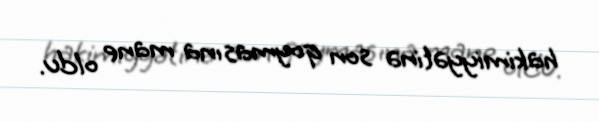
hakimiyyətinə son qoymasına mane oldu.